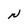
Character: N